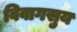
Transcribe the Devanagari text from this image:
विवागसुय